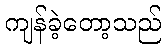
ကျန်ခဲ့တော့သည်